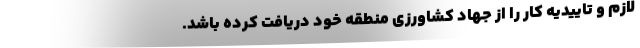
لازم و تاییدیه کار را از جهاد کشاورزی منطقه خود دریافت کرده باشد.